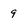
Character: 9